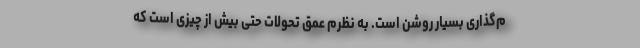
م‌گذاری بسیار روشن است. به نظرم عمق تحولات حتی بیش از چیزی است که